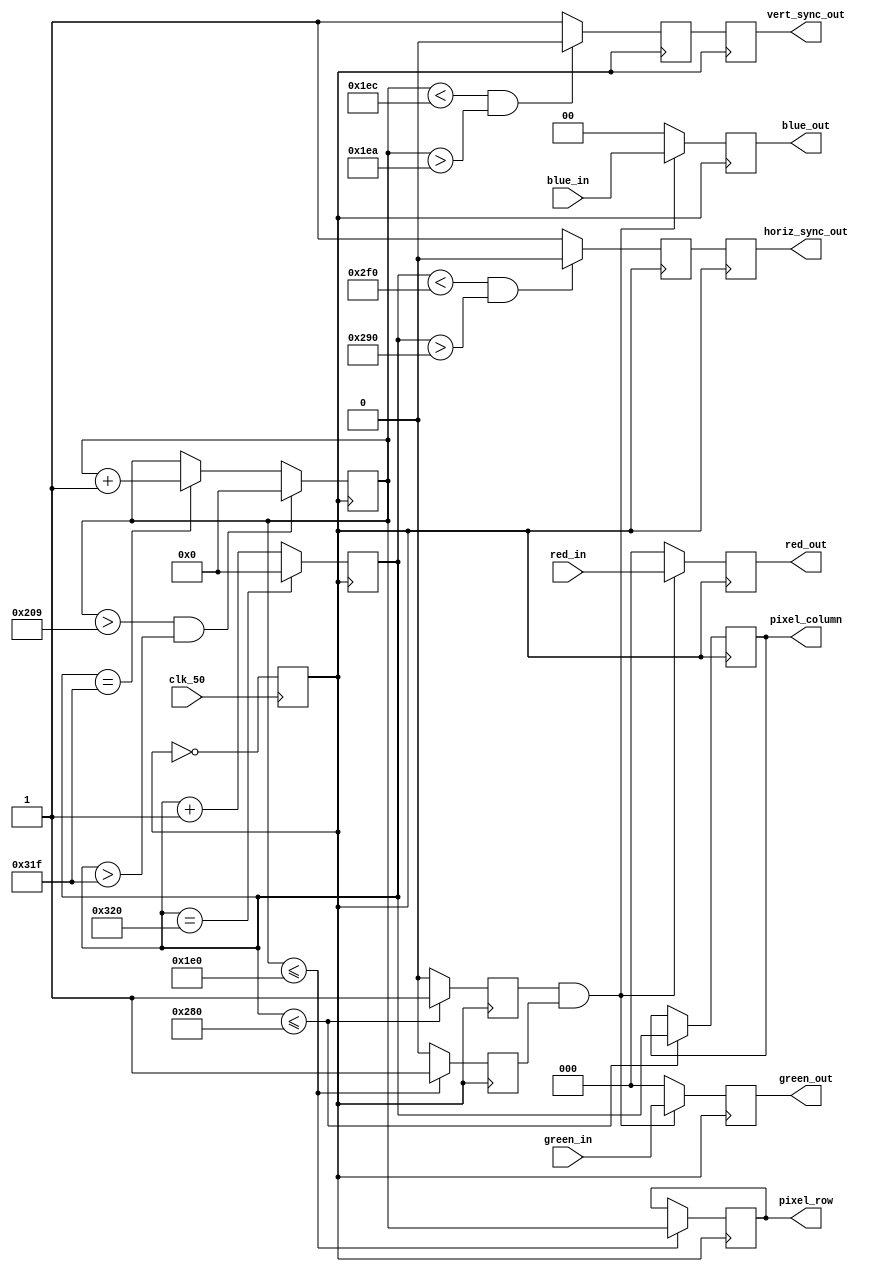
// ============================================================
// Title       : VGA controller
// Project     : 
// Description : VGA controller
// Revisions   : 
// ============================================================
// Course      : Disenio Digital
// ============================================================

module VGA_ctrler(
  input            clk_50,						// 50MHz Clock input
  
  input      [2:0] red_in,							// Red color input, when generated outside
  input      [2:0] green_in,						// Green color input, when generated outside
  input      [1:0] blue_in,							// Blue color input, when generated outside
  
  output reg [9:0] pixel_column,					// Column pixel counter
  output reg [9:0] pixel_row,							// Row pixel counter
  
  output reg [2:0] red_out,				// Red color output, to VGA connector
  output reg [2:0] green_out,			// Green color output, to VGA connector
  output reg [1:0] blue_out,				// Blue color output, to VGA connector
  output reg       horiz_sync_out,	// Horizontal Sync output, to VGA connector
  output reg       vert_sync_out	   // Vertical Sync output, to VGA connector
  );

  reg clk_25 = 0;									// 25MHz internal clock
  
  reg horiz_sync = 0;							// Internal horizontal sync
  reg vert_sync = 0;							// Internal vertical sync
  
  wire video_on;									// Monitors when pixels are printed
  reg video_on_v = 0;						// Monitors the 480 lines of printed resolution
  reg video_on_h = 0;						// Monitors the 680 columns of printed resolution
  
 
  reg [9:0] v_count = 0;					// Vertical line counter
  reg [9:0] h_count = 0;					// Horizontal column counter
  reg [20:0] Scrn_cntr =0;				// Frame (screen) counter
  
  wire [2:0]  red1;								// Red info
  wire [2:0]  green1;							// Green info
  wire [1:0]  blue1;								// Blue info
  
  
  // video_on - 1 - when in the 640x480 printed pixels
  assign video_on = video_on_h && video_on_v;
  
  // assignment of color info (default on white, commented comming from outside)
  assign red1 = red_in;//pixel_row[4:2] + Scrn_cntr[4:2];//3'b111;//red_in;
  assign green1 = green_in;//pixel_row[7:5] + Scrn_cntr[4:2];//3'b111;//green_in;
  assign blue1 = blue_in;//pixel_row[9:8] + Scrn_cntr[4:3];//2'b11;//blue_in;
  
  // 25MHz clock generation
  always @(posedge clk_50) clk_25 <= ~clk_25;
  
  always @(posedge clk_25)
  begin
    ////////////////////////////////// H-Sync ///////////////////////////////////
	 // ** Count starts at Tdisp **
    if ( h_count == (10'd800) ) 
      h_count <= 10'd0;
    else
      h_count <= h_count + 1;
    
	 //from 640 + 16 = 656 counts to  640 + 16 + 96 = 752 counts
    if (( h_count < (10'd752)) && (h_count > (10'd656)) )
      horiz_sync <= 1'b0;
    else
      horiz_sync <= 1'b1;
    
    if ( h_count <= (10'd640) ) 
    begin
      video_on_h <= 1'b1;
      pixel_column <= h_count;
    end
    else
      video_on_h <= 1'b0;
    //////////////////////////////// End H-Sync /////////////////////////////////
  
    ////////////////////////////////// V-Sync ///////////////////////////////////
    // ** Count starts at Tdisp **
	 if (( v_count > 10'd521 ) && ( h_count > 10'd799 )) 
    begin
      v_count <= 10'd0;
		Scrn_cntr <= Scrn_cntr + 1;
    end
    else if ( h_count == 10'd799 ) 
      v_count <= v_count + 1'b1;
    
	 // from 480 + 10 = 490 lines  to  480 + 10 + 2 = 492 lines
    if (( v_count < 10'd492 ) && ( v_count > 10'd490 )) 
      vert_sync <= 1'b0;
    else
      vert_sync <= 1'b1;
    
    if ( v_count <= 10'd480 ) 
    begin
      video_on_v <= 1'b1;
      pixel_row <= v_count;
    end
    else
      video_on_v <= 1'b0;
    /////////////////////////////// End V-Sync //////////////////////////////////    
    
    /////////////////////////////// Pixel assign ////////////////////////////////
    if (video_on == 1'b1) 
    begin
      red_out <= red1;
      blue_out <= blue1;
      green_out <= green1;
    end
    else
    begin
      red_out <= 3'b00;
      blue_out <= 3'b00;
      green_out <= 2'b00;
    end
    ///////////////////////////// End Pixel assign //////////////////////////////
    
    horiz_sync_out <= horiz_sync;
    vert_sync_out <= vert_sync;

  end
endmodule